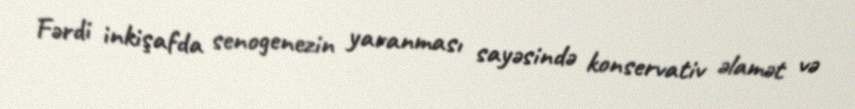
Fərdi inkişafda senogenezin yaranması sayəsində konservativ əlamət və